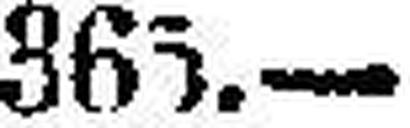
365.—